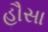
હૌસા